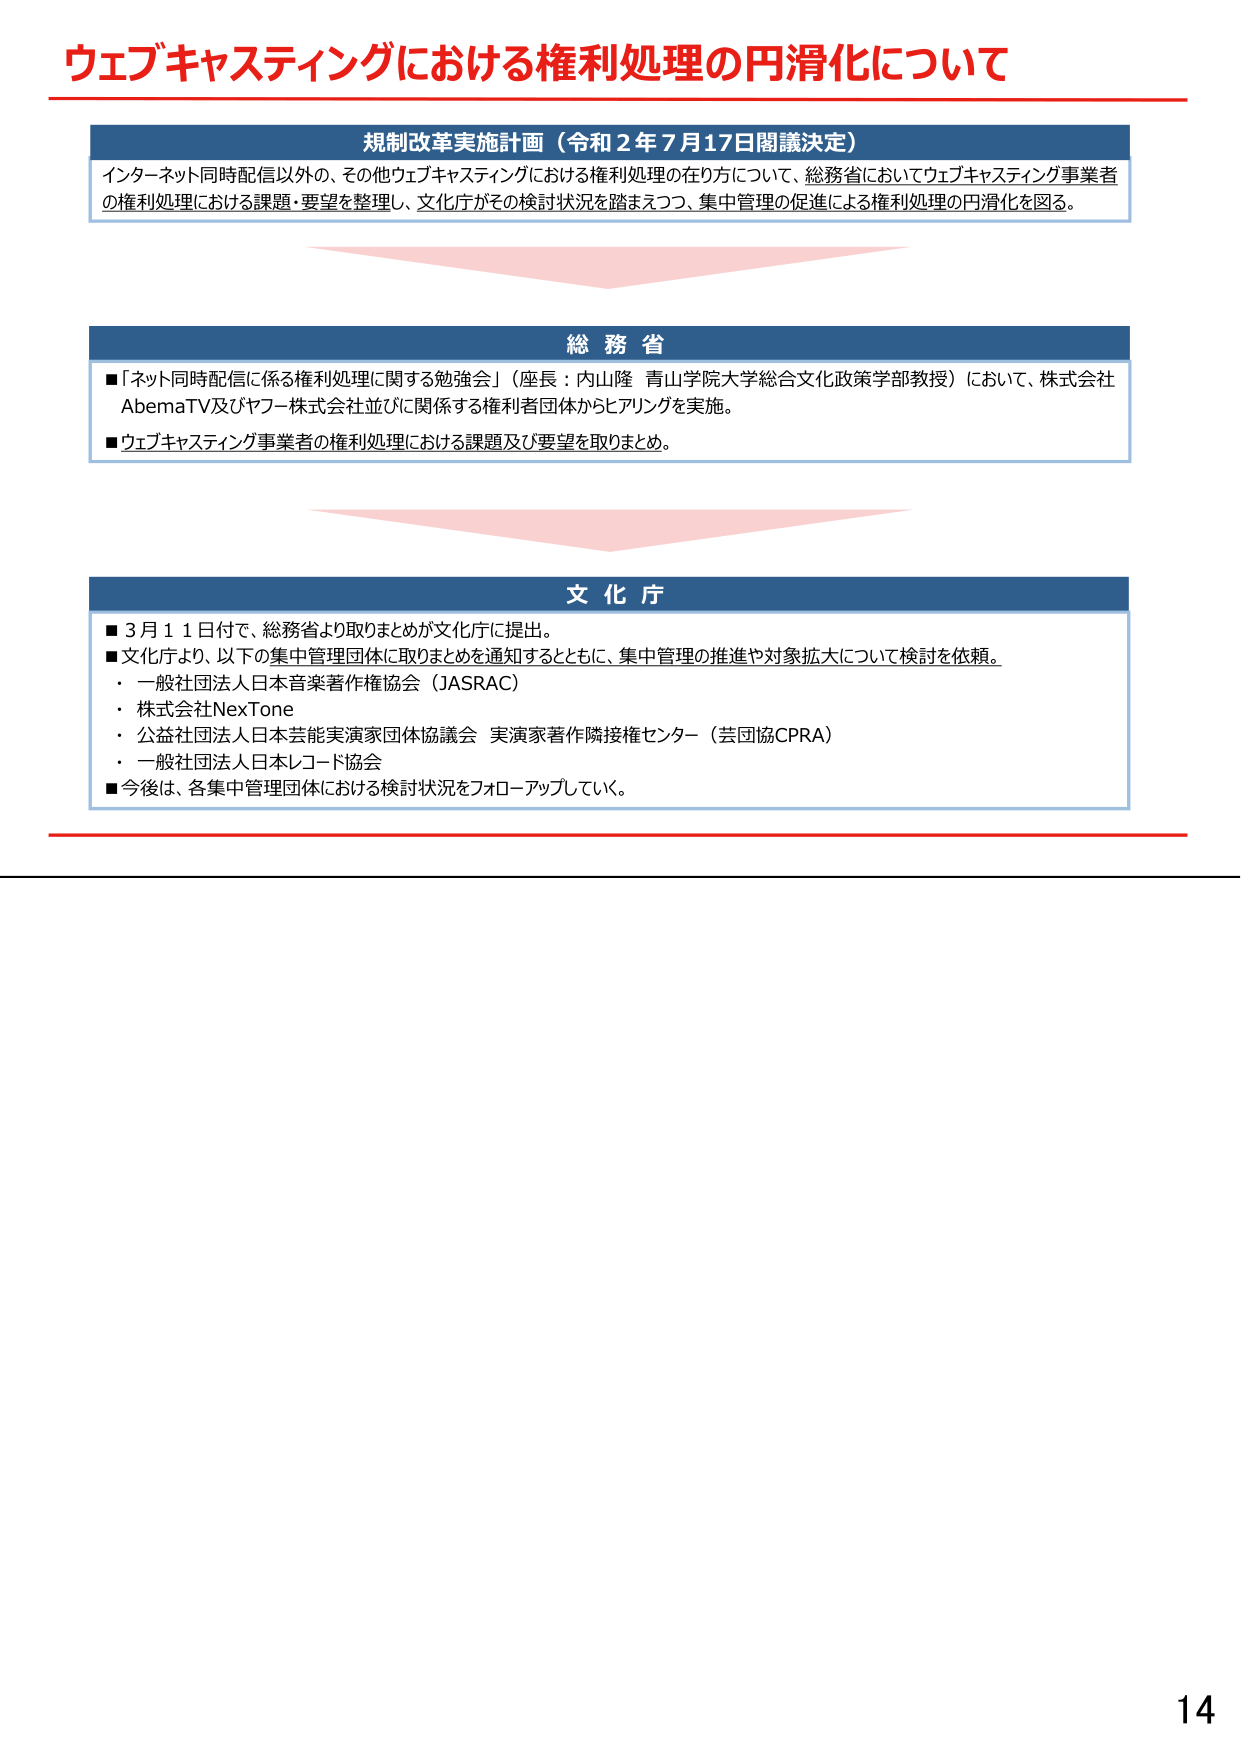
ウェブキャスティングにおける権利処理の円滑化について

規制改革実施計画（令和２年７月17日閣議決定）
インターネット同時配信以外の、その他ウェブキャスティングにおける権利処理の在り方について、総務省においてウェブキャスティング事業者の権利処理における課題・要望を整理し、文化庁がその検討状況を踏まえつつ、集中管理の促進による権利処理の円滑化を図る。

総務省
■「ネット同時配信に係る権利処理に関する勉強会」（座長：内山隆 青山学院大学総合文化政策学部教授）において、株式会社AbemaTV及びヤフー株式会社並びに関係する権利者団体からヒアリングを実施。
■ウェブキャスティング事業者の権利処理における課題及び要望を取りまとめ。

文化庁
■３月１１日付で、総務省より取りまとめが文化庁に提出。
■文化庁より、以下の集中管理団体に取りまとめを通知するとともに、集中管理の推進や対象拡大について検討を依頼。
・一般社団法人日本音楽著作権協会（JASRAC）
・株式会社NexTone
・公益社団法人日本芸能実演家団体協議会 実演家著作隣接権センター（芸団協CPRA）
・一般社団法人日本レコード協会
■今後は、各集中管理団体における検討状況をフォローアップしていく。

14